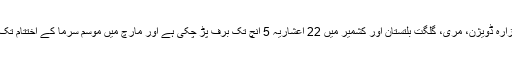
ڈاکٹر حنیف کا کہنا ہے کہ مالاکنڈ، ہزارہ ڈویژن، مری، گلگت بلتستان اور کشمیر میں 22 اعشاریہ 5 انچ تک برف پڑ چکی ہے اور مارچ میں موسم سرما کے اختتام تک یہ بڑھ کر 50 انچ تک ہو جائے گی۔